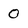
Character: 0